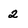
Character: 2